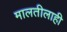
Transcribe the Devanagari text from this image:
मालतीलाही